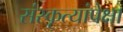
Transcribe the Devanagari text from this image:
संस्कृत्यांपेक्षा